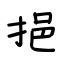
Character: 挹